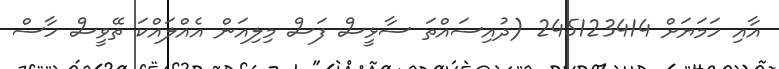
އާއި ހަމަޔަށް 245123414 (ދުއިސައްތަ ސާޅީސް ފަސް މިލިއަން އެއްލައްކަ ތޭވީސް ހާސް